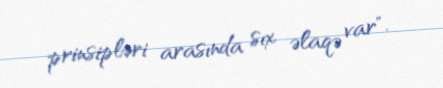
prinsipləri arasında sıx əlaqə var".